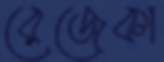
রেজেকা